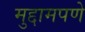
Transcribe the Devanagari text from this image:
मुद्दामपणे